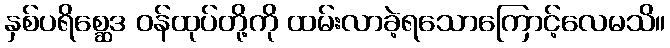
နှစ်ပရိစ္ဆေဒ ဝန်ထုပ်တို့ကို ထမ်းလာခဲ့ရသောကြောင့်လေမသိ။